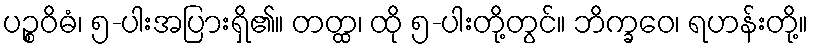
ပဉ္စဝိဓံ၊ ၅-ပါးအပြားရှိ၏။ တတ္ထ၊ ထို ၅-ပါးတို့တွင်။ ဘိက္ခဝေ၊ ရဟန်းတို့။